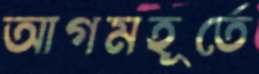
আগমহূর্তে